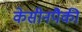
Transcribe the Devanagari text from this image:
केसीनपैकी